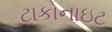
ટાકોનાઇટ